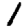
Digit: 1